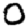
Digit: 0